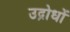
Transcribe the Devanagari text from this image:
उद्रोधों